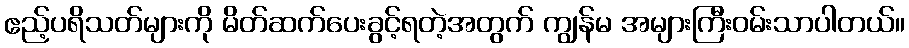
ဧည့်ပရိသတ်များကို မိတ်ဆက်ပေးခွင့်ရတဲ့အတွက် ကျွန်မ အများကြီးဝမ်းသာပါတယ်။